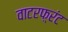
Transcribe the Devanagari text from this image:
वाटरफ़्रंट